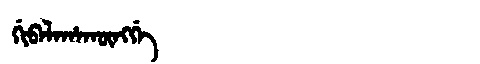
Manchu: ᡤᡳᠪᠠᠯᠠᡥᠠᡴᡡᠩᡤᡝ
Romanization: GIBALAHAKŪNGGE